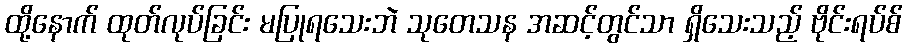
ထို့နောက် ထုတ်လုပ်ခြင်း မပြုရသေးဘဲ သုတေသန အဆင့်တွင်သာ ရှိသေးသည့် ဗိုင်းရပ်စ်